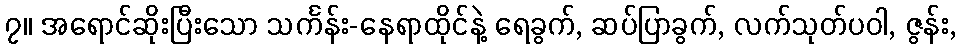
၇။ အရောင်ဆိုးပြီးသော သင်္ကန်း-နေရာထိုင်နဲ့ ရေခွက်, ဆပ်ပြာခွက်, လက်သုတ်ပဝါ, ဇွန်း,